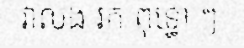
វាលង រក ពុទ្ធោ ៗ